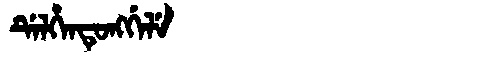
Manchu: ᡩᡝᠯᡥᡝᠨᡨᡠᠩᡤᡝᠯᡝ
Romanization: DELHENTUNGGELE